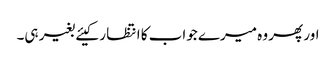
اور پھر وہ میرے جواب کا انتظا ر کیئے بغیر ہی۔